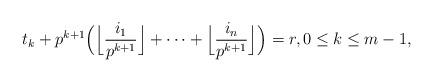
LaTeX: \begin{align*}t_k+p^{k+1}\Bigl(\Bigl\lfloor\frac{i_1}{p^{k+1}}\Bigr\rfloor+\cdots+\Bigl\lfloor\frac{i_n}{p^{k+1}}\Bigr\rfloor\Bigr)=r,0\le k\le m-1,\end{align*}